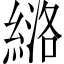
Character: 𫃶